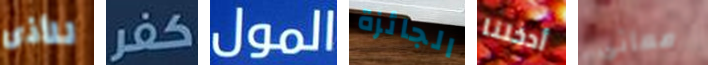
للأذى كفر المول الجائزة أدخلنا معاني